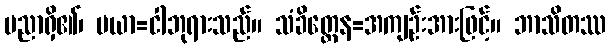
ပညာရှိ၏၊ မယာ=ငါဘုရားသည်။ သံခိတ္တေန=အကျဉ်းအားဖြင့်။ ဘာသိတဿ